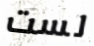
لست